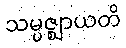
သမ္ပဇ္ဈာယတိ